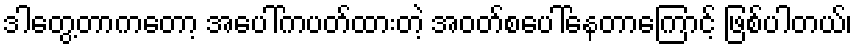
ဒါတွေ့တာကတော့ အပေါ်ကပတ်ထားတဲ့ အဝတ်စပေါ်နေတာကြောင့် ဖြစ်ပါတယ်၊